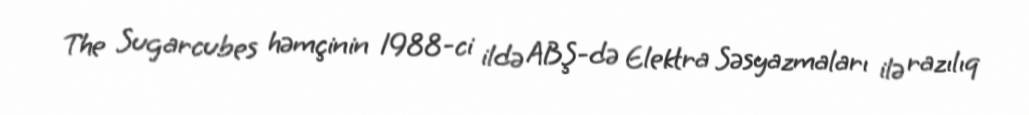
The Sugarcubes həmçinin 1988-ci ildə ABŞ-də Elektra Səsyazmaları ilə razılıq